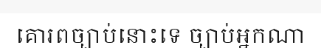
គោរពច្បាប់នោះទេ ច្បាប់អ្នកណា